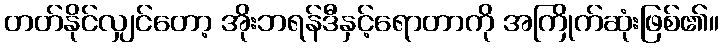
တတ်နိုင်လျှင်တော့ အိုးဘရန်ဒီနှင့်ရောတာကို အကြိုက်ဆုံးဖြစ်၏။